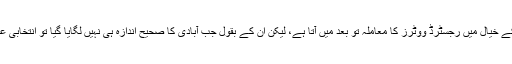
ایک اور سرگرم سیاسی کارکن محسن داوڑ کے خیال میں رجسٹرڈ ووٹرز کا معاملہ تو بعد میں آتا ہے، لیکن ان کے بقول جب آبادی کا صحیح اندازہ ہی نہیں لگایا گیا تو انتخابی عمل کو کیسے اطمینان بخش کہا جا سکتا ہے۔